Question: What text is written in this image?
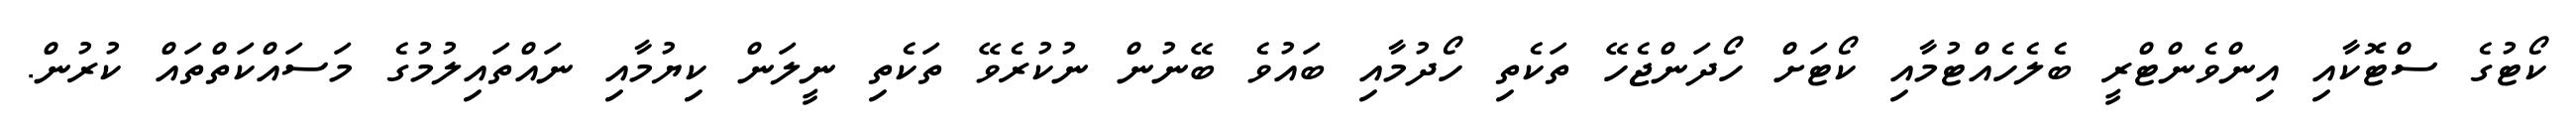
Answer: ކޯޓުގެ ސްޓޮކާއި އިންވެންޓްރީ ބެލެހެއްޓުމާއި ކޯޓަށް ހޯދަންޖެހޭ ތަކެތި ހޯދުމާއި ބައުވެ ބޭނުން ނުކުރެވޭ ތަކެތި ނީލަން ކިޔުމާއި ނައްތައިލުމުގެ މަސައްކަތްތައް ކުރުން.